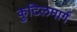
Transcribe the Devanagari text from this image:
कुटिलमार्ग